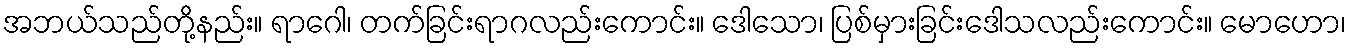
အဘယ်သည်တို့နည်း။ ရာဂေါ၊ တက်ခြင်းရာဂလည်းကောင်း။ ဒေါသော၊ ပြစ်မှားခြင်းဒေါသလည်းကောင်း။ မောဟော၊